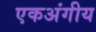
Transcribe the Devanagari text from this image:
एकअंगीय